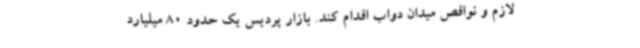
لازم و نواقص میدان دواب اقدام کند. بازار پردیس یک حدود 80 میلیارد